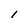
Character: l